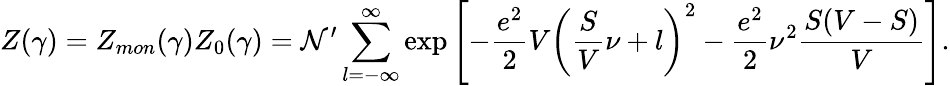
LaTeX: Z(\gamma)=Z_{mon}(\gamma)Z_{0}(\gamma)={\cal N}^{\prime}\sum_{l=-\infty}^{\infty}\exp\left[-\frac{e^{2}}{2}V\left(\frac{S}{V}\nu+l\right)^{2}-\frac{e^{2}}{2}\nu^{2}\frac{S(V-S)}{V}\right].